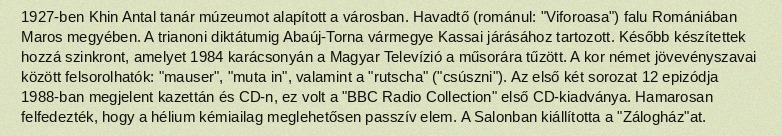
1927-ben Khin Antal tanár múzeumot alapított a városban. Havadtő (románul: "Viforoasa") falu Romániában Maros megyében. A trianoni diktátumig Abaúj-Torna vármegye Kassai járásához tartozott. Később készítettek hozzá szinkront, amelyet 1984 karácsonyán a Magyar Televízió a műsorára tűzött. A kor német jövevényszavai között felsorolhatók: "mauser", "muta in", valamint a "rutscha" ("csúszni"). Az első két sorozat 12 epizódja 1988-ban megjelent kazettán és CD-n, ez volt a "BBC Radio Collection" első CD-kiadványa. Hamarosan felfedezték, hogy a hélium kémiailag meglehetősen passzív elem. A Salonban kiállította a "Zálogház"at.